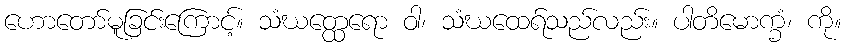
ဟောတော်မူခြင်းကြောင့်။ သံဃတ္ထေရော ဝါ၊ သံဃထေရ်သည်လည်း။ ပါတိမောက္ခံ၊ ကို။